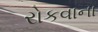
રોકવાના